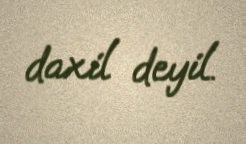
daxil deyil.